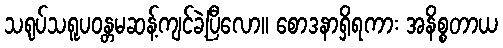
သရုပ်သရူပဝန္တမဆန့်ကျင်ခဲ့ပြီလော။ စောဒနာရှိရကား အနိစ္စတာယ